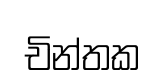
චින්තක